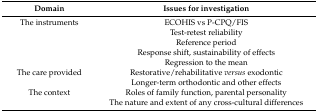
| Domain | Issues for investigation |
 | --- | --- |
 | The instruments | ECOHIS vs P-CPQ/FIS |
 |  | Test-retest reliability |
 |  | Reference period |
 |  | Response shift, sustainability of effects |
 |  | Regression to the mean |
 | The care provided | Restorative/rehabilitative versus exodontic |
 |  | Longer-term orthodontic and other effects |
 | The context | Roles of family function, parental personality |
 |  | The nature and extent of any cross-cultural differences |